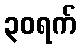
၃၀ရက်